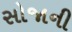
સોજાની